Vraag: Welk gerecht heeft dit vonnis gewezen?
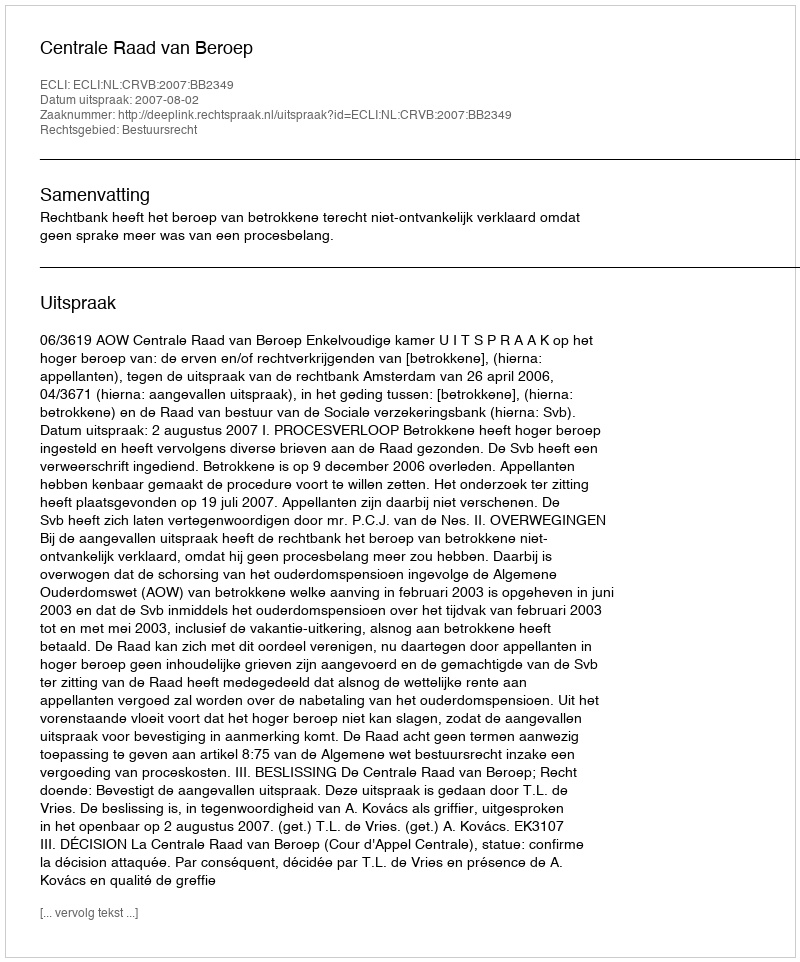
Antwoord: Centrale Raad van Beroep